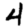
Digit: 4